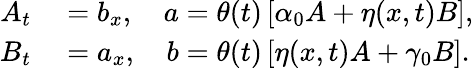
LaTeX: \begin{array}{rl}{A_{t}}&{{}=b_{x},\quad a=\theta(t)\left[\alpha_{0}A+\eta(x,t)B\right],}\\ {B_{t}}&{{}=a_{x},\quad b=\theta(t)\left[\eta(x,t)A+\gamma_{0}B\right].}\end{array}